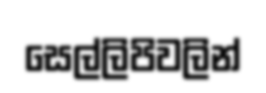
සෙල්ලිපිවලින්